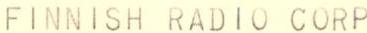
FINNISH RADIO CORP